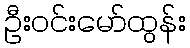
ဦးဝင်းမော်ထွန်း